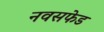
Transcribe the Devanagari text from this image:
नवसफेड